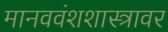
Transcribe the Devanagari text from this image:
मानववंशशास्त्रावर